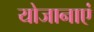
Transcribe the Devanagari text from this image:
योजानाएं